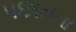
પછાતતા